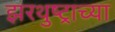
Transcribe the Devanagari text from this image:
झरथुष्ट्राच्या